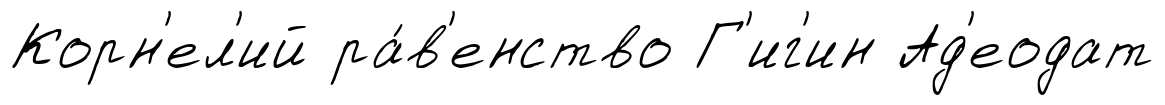
Корн'ел'ий ра́в'енство Г'иг'ин Ад'еодат